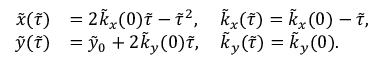
\begin{array} { r l } { \tilde { x } ( \tilde { \tau } ) } & { = 2 \tilde { k } _ { x } ( 0 ) \tilde { \tau } - \tilde { \tau } ^ { 2 } , \quad \tilde { k } _ { x } ( \tilde { \tau } ) = \tilde { k } _ { x } ( 0 ) - \tilde { \tau } , } \\ { \tilde { y } ( \tilde { \tau } ) } & { = \tilde { y } _ { 0 } + 2 \tilde { k } _ { y } ( 0 ) \tilde { \tau } , \quad \tilde { k } _ { y } ( \tilde { \tau } ) = \tilde { k } _ { y } ( 0 ) . } \end{array}